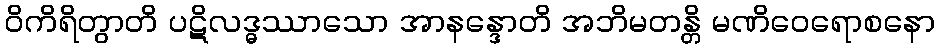
ဝိကိရိတွာတိ ပဋိလဒ္ဓဿာသော အာနန္ဒောတိ အဘိမတန္တိ မဏိဝေရောစနော